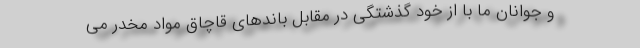
و جوانان ما با از خود گذشتگی در مقابل باندهای قاچاق مواد مخدر می